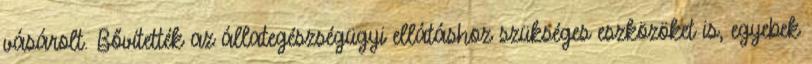
vásárolt. Bővítették az állategészségügyi ellátáshoz szükséges eszközöket is, egyebek